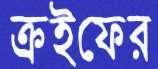
ক্রইফের